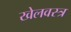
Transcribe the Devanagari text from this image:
खेलवस्त्र